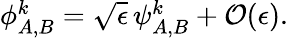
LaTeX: \begin{array}{r}{{\phi}_{A,B}^{k}=\sqrt{\epsilon}\, {\psi}_{A,B}^{k}+\mathcal{O}(\mathcal{\epsilon}).}\end{array}